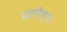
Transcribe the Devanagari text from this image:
झडपेच्या